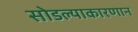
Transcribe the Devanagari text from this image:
सोडल्याकारणान